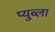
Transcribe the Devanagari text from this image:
प्युब्ला